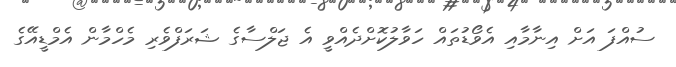
ސުއްފަ އަށް އިނާމާއި އެވޯޑުތައް ހަވާލުކޮށްދެއްވީ އެ ޖަލްސާގެ ޝަރަފްވެރި މެހްމާން އެމްޑީއޭގެ